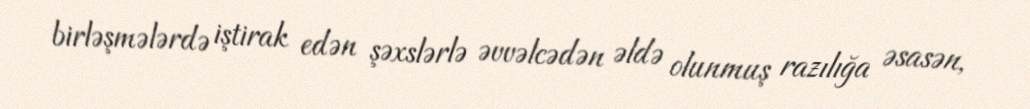
birləşmələrdə iştirak edən şəxslərlə əvvəlcədən əldə olunmuş razılığa əsasən,